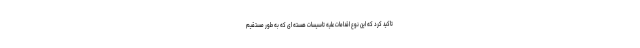
تاکید کرد که این نوع اقدامات علیه تاسیسات هسته ای که به طور مستقیم